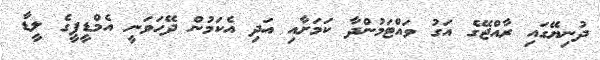
ދުނިޔޭގައި ރާއްޖޭގެ އަގު ވައްޓަމުންދާ ކަމަށާއި އަދި އެކަމުން ދޭހަވަނީ އެމްޑީޕީގެ ލީޑާ